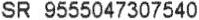
SR 9555047307540